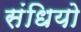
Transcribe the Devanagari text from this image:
संधियो